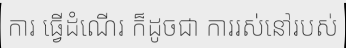
ការ ធ្វើដំណើរ ក៏ដូចជា ការរស់នៅរបស់